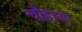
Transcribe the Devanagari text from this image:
चौहाणा